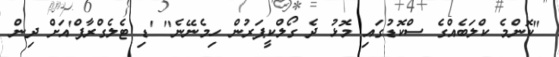
"ކޮންމެ ކްލަބެއްގެ ސްކޮޑުގައި މޮޅު ދެ ގޯލްކީޕަރުން ހިމެނޭނެ" 'ޑި ޓެލެގްރާފް'އަށް ދިން